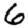
Digit: 6